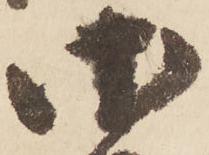
御